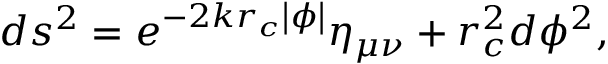
d s ^ { 2 } = e ^ { - 2 k r _ { c } \left| \phi \right| } \eta _ { \mu \nu } + r _ { c } ^ { 2 } d \phi ^ { 2 } ,